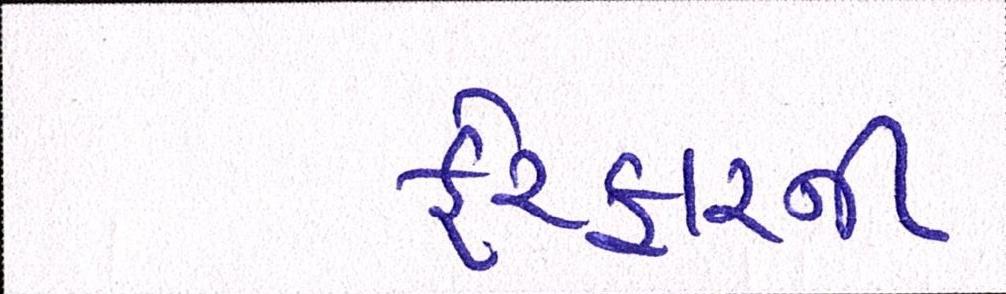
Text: ફેરફારની